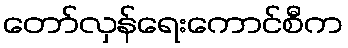
တော်လှန်ရေးကောင်စီက